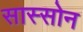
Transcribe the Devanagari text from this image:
सास्सोन